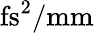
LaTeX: \mathrm{fs}^{2}/\mathrm{mm}